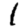
Digit: 1